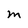
Character: M